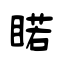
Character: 睰